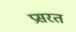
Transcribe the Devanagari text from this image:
प्रसरत